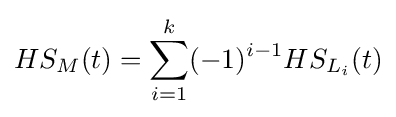
HS_{M}(t)=\sum _{i=1}^{k}(-1)^{i-1}HS_{L_{i}}(t)